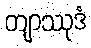
တျာဿုဒံ